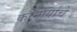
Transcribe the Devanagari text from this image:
कौमार्याचे